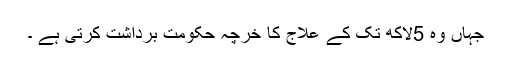
جہاں وہ 5لاکھ تک کے علاج کا خرچہ حکومت برداشت کرتی ہے ۔